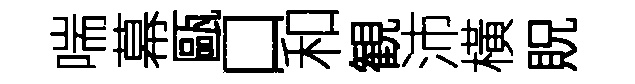
喘幕甌口和観沛橫貺